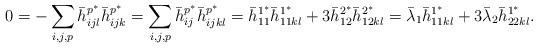
LaTeX: \begin{align*}0=-\sum_{i,j,p}\bar h_{ijl}^{p^{*}}\bar h_{ijk}^{p^{*}}=\sum_{i,j,p}\bar h_{ij}^{p^{*}}\bar h_{ijkl}^{p^{*}}=\bar h_{11}^{1^{*}}\bar h_{11kl}^{1^{*}}+3\bar h_{12}^{2^{*}}\bar h_{12kl}^{2^{*}}=\bar\lambda_1\bar h_{11kl}^{1^{*}}+3\bar \lambda_2\bar h_{22kl}^{1^{*}}.\end{align*}